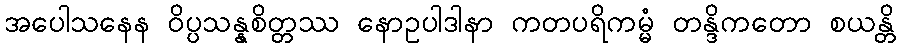
အပေါသနေန ဝိပ္ပသန္နစိတ္တဿ နောဥပါဒါနာ ကတပရိကမ္မံ တန္ဒိကတော စယန္တိ